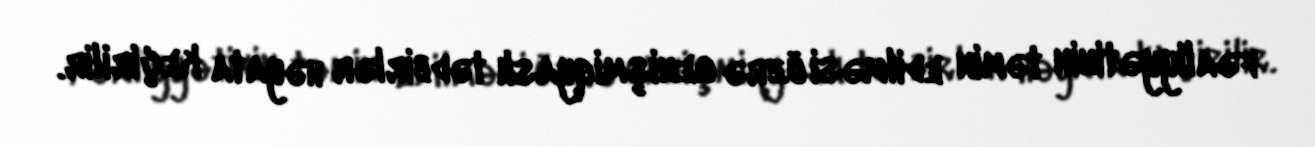
fəaliyyətinin təmin edilməsi üzrə genişmiqyaslı tədbirlər həyata keçirilir.